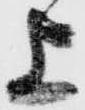
上